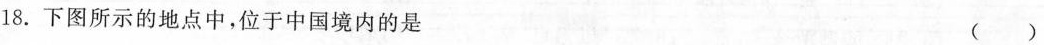
18.下图所示的地点中，位于中国境内的是 ( )